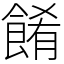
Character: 餚